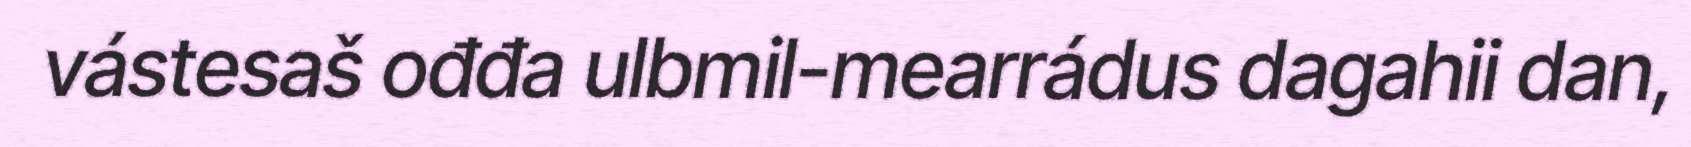
vástesaš ođđa ulbmil-mearrádus dagahii dan,